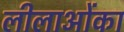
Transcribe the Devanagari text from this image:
लीलाओंका